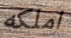
املكه